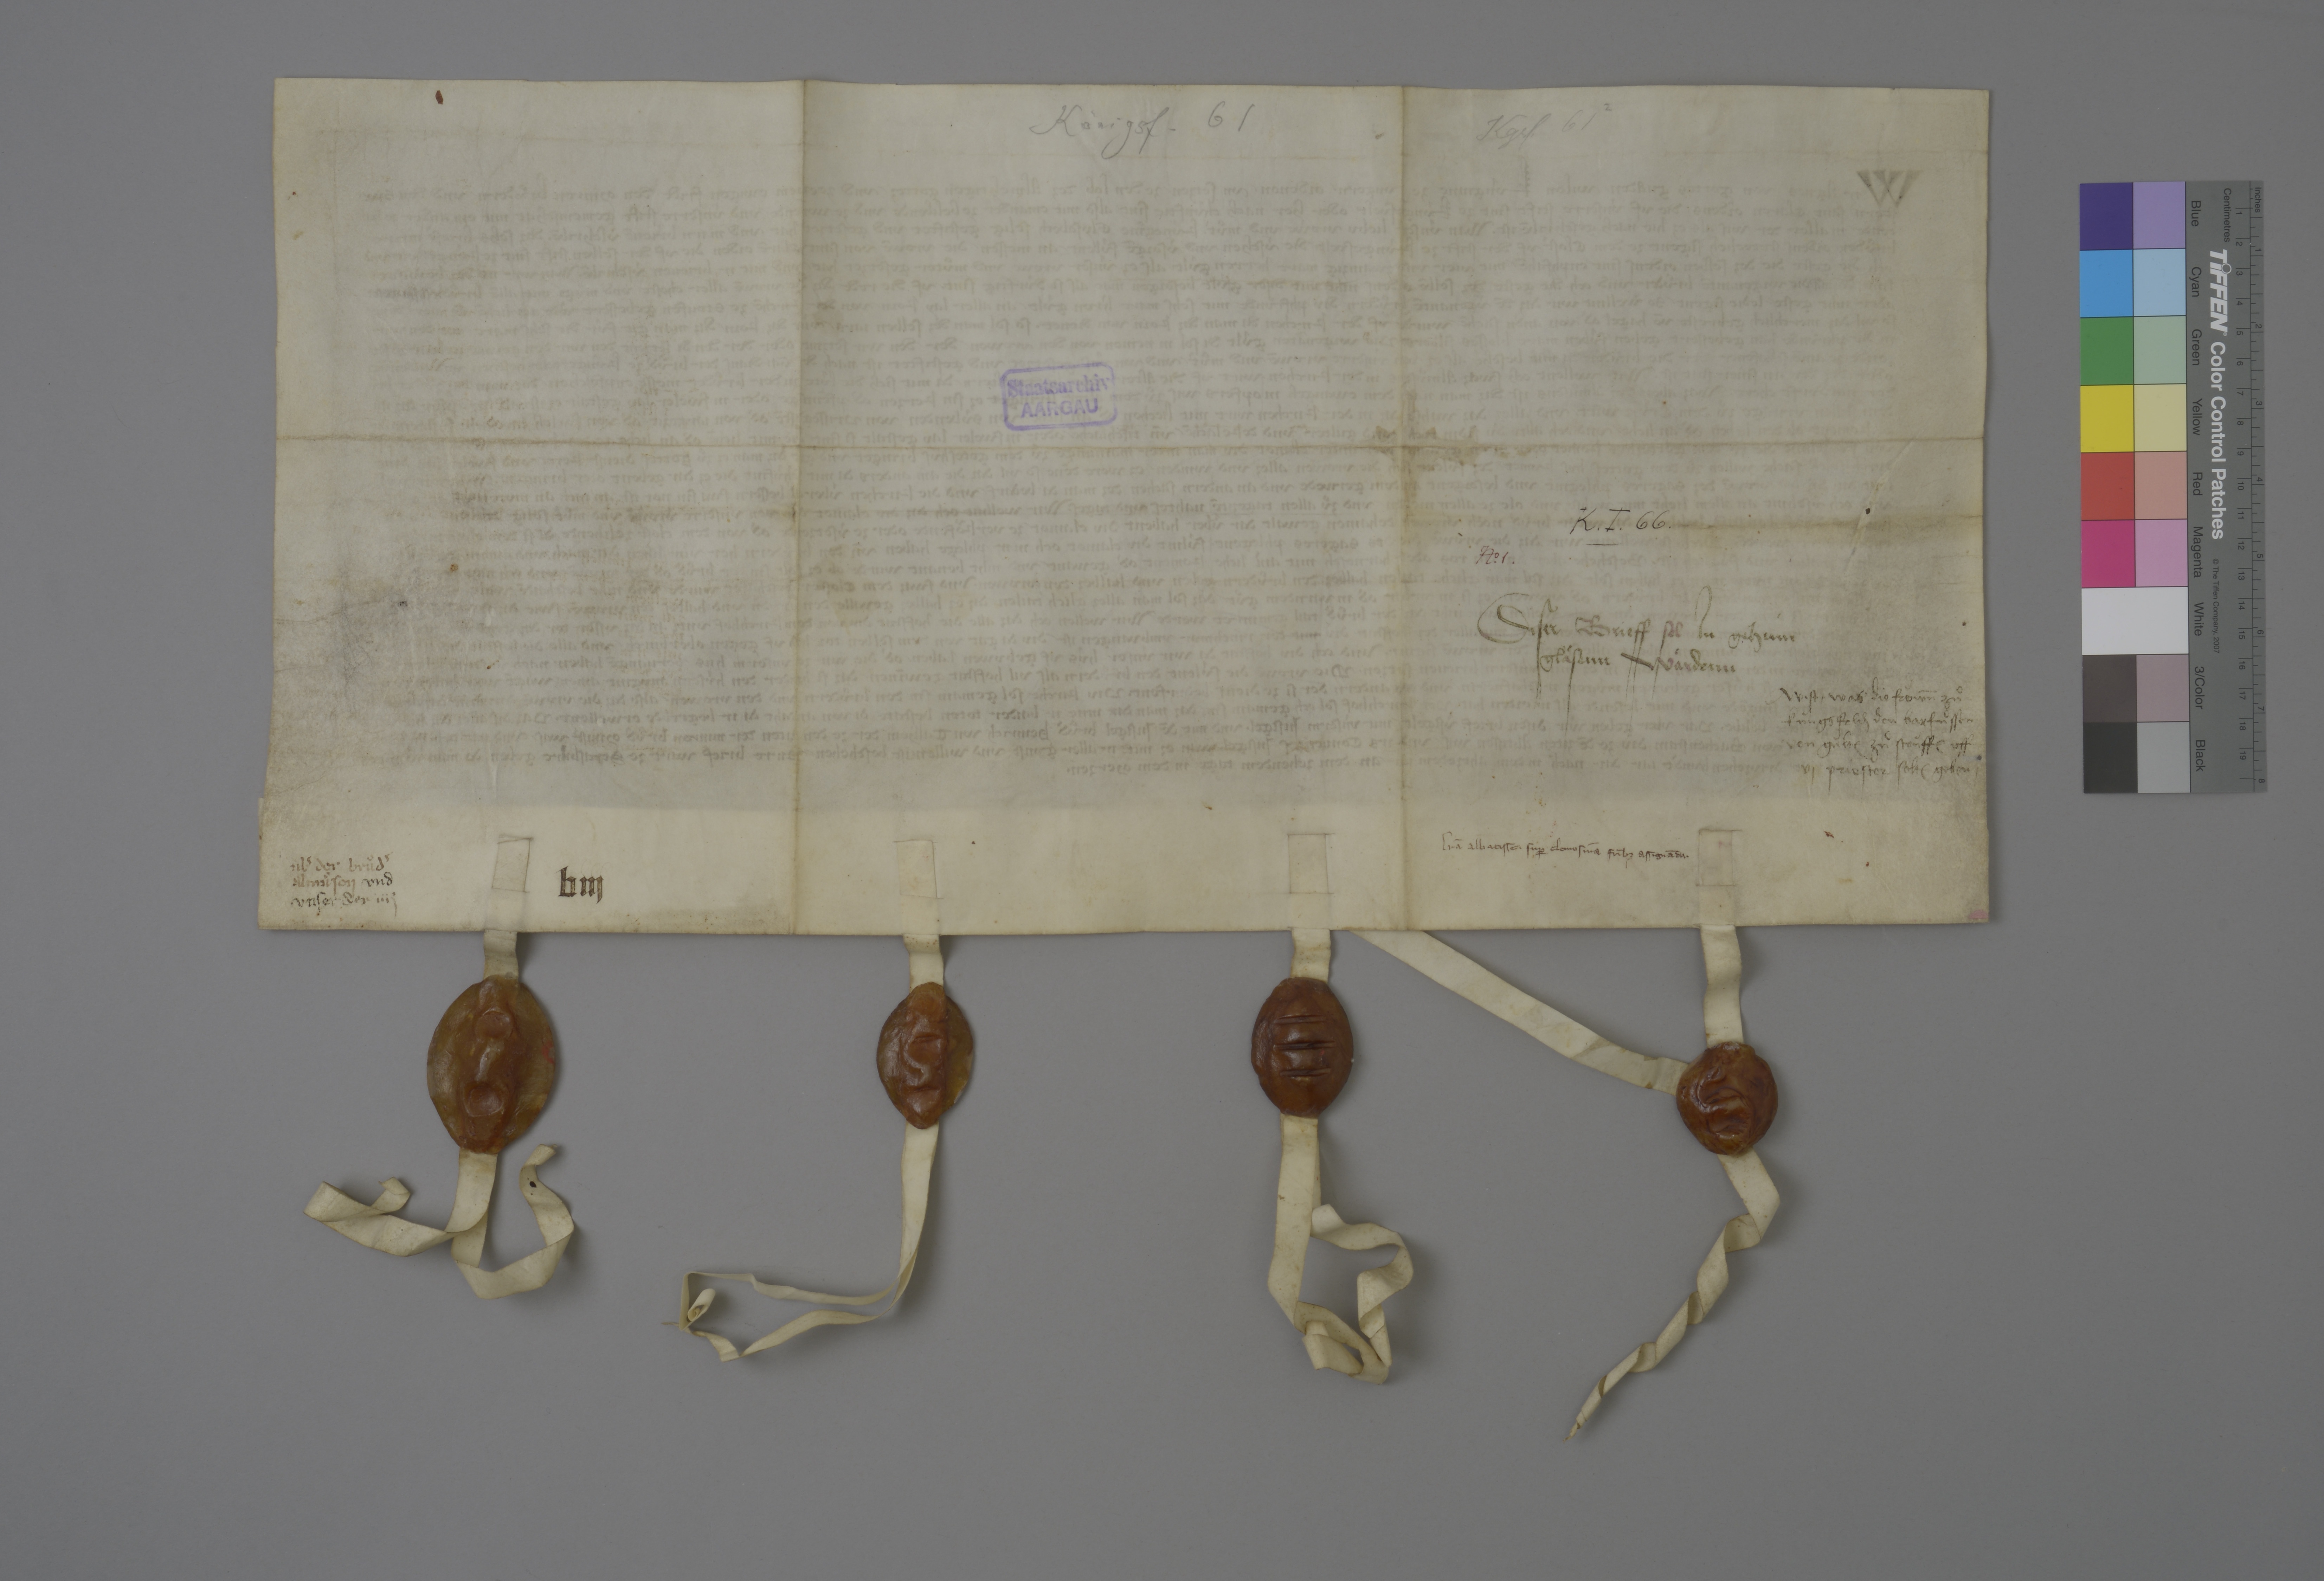
Königsf. 61

Kgsf. 61

Staatsarchiv
AARGAU

K ✳ T ✳ 66 ✳

Nͦ✳ 1 ✳

diser brieff sol in geheim
gläsenn wärdenn

wist ✳ was die froͧwn̄ zuͦ
Kùngsfeld₎ den Barfuͦssen
von gùlt₎ zuͦ Stoͧff₎ uff
vj priester solt₎ geben

lr̄a abbatisse suꝑ elemosina fr̄ibƺ assignādu ✳

ubˀ der bruͦdˀ
almuͦsen

und
unser

der iiij

b iij